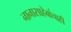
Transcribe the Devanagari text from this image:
नानासाहेबांचाही